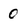
Character: o